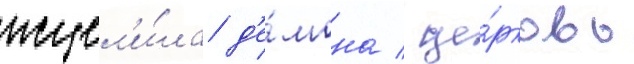
исцел'и́ла д'е́мона / це́рковь